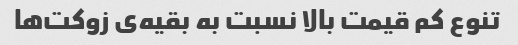
تنوع کم قیمت بالا نسبت به بقیه‌ی زوکت‌ها